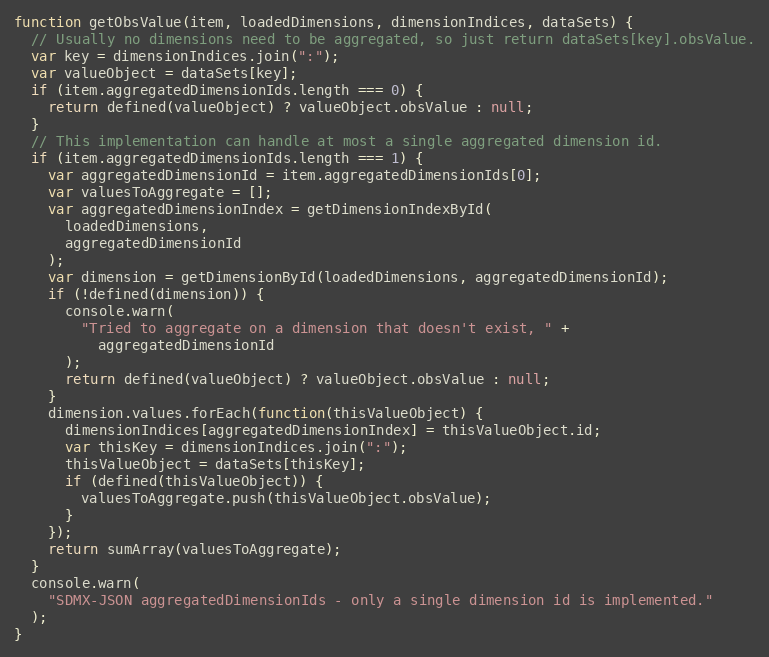
Language: JavaScript
function getObsValue(item, loadedDimensions, dimensionIndices, dataSets) {
  // Usually no dimensions need to be aggregated, so just return dataSets[key].obsValue.
  var key = dimensionIndices.join(":");
  var valueObject = dataSets[key];
  if (item.aggregatedDimensionIds.length === 0) {
    return defined(valueObject) ? valueObject.obsValue : null;
  }
  // This implementation can handle at most a single aggregated dimension id.
  if (item.aggregatedDimensionIds.length === 1) {
    var aggregatedDimensionId = item.aggregatedDimensionIds[0];
    var valuesToAggregate = [];
    var aggregatedDimensionIndex = getDimensionIndexById(
      loadedDimensions,
      aggregatedDimensionId
    );
    var dimension = getDimensionById(loadedDimensions, aggregatedDimensionId);
    if (!defined(dimension)) {
      console.warn(
        "Tried to aggregate on a dimension that doesn't exist, " +
          aggregatedDimensionId
      );
      return defined(valueObject) ? valueObject.obsValue : null;
    }
    dimension.values.forEach(function(thisValueObject) {
      dimensionIndices[aggregatedDimensionIndex] = thisValueObject.id;
      var thisKey = dimensionIndices.join(":");
      thisValueObject = dataSets[thisKey];
      if (defined(thisValueObject)) {
        valuesToAggregate.push(thisValueObject.obsValue);
      }
    });
    return sumArray(valuesToAggregate);
  }
  console.warn(
    "SDMX-JSON aggregatedDimensionIds - only a single dimension id is implemented."
  );
}